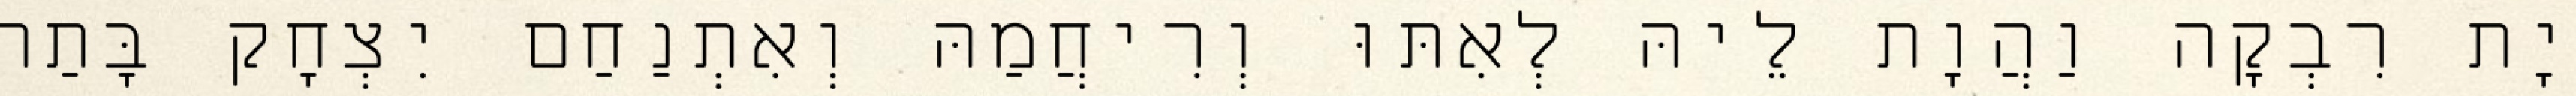
יָת רִבְקָה וַהֲוָת לֵיהּ לְאִתּוּ וְרִיחֲמַהּ וְאִתְנַחַם יִצְחָק בָּתַר